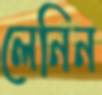
লেনিন